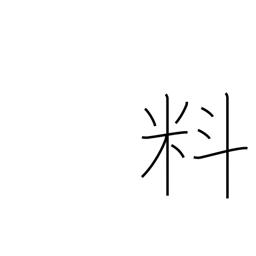
Meaning: materials